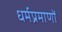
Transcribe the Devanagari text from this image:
धर्मप्रमाणों